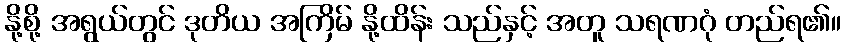
နို့စို့ အရွယ်တွင် ဒုတိယ အကြိမ် နို့ထိန်း သည်နှင့် အတူ သရဏဂုံ တည်ရ၏။